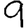
Digit: 9